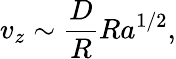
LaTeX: v_{z}\sim\frac{D}{R}Ra^{1/2},